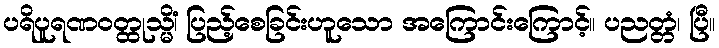
ပရိပူရဏဝတ္ထုသ္မိံ၊ ပြည့်စေခြင်းဟူသော အကြောင်းကြောင့်။ ပညတ္တံ၊ ပြီ။